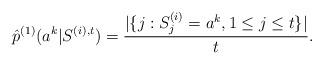
LaTeX: \begin{align*}\hat{p}^{(1)}(a^k|S^{(i),t})={|\{j: S^{(i)}_j=a^k, 1\leq j \leq t\}|\over t}.\end{align*}